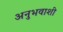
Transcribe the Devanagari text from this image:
अनुभवाशी